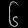
Digit: ၆